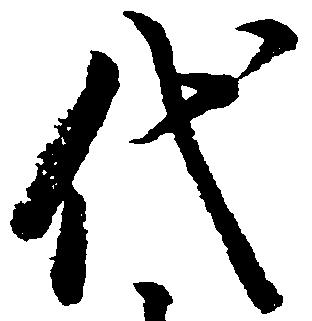
代